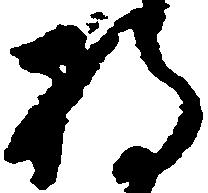
将